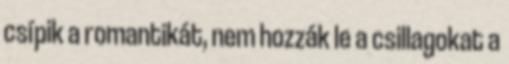
csípik a romantikát, nem hozzák le a csillagokat a